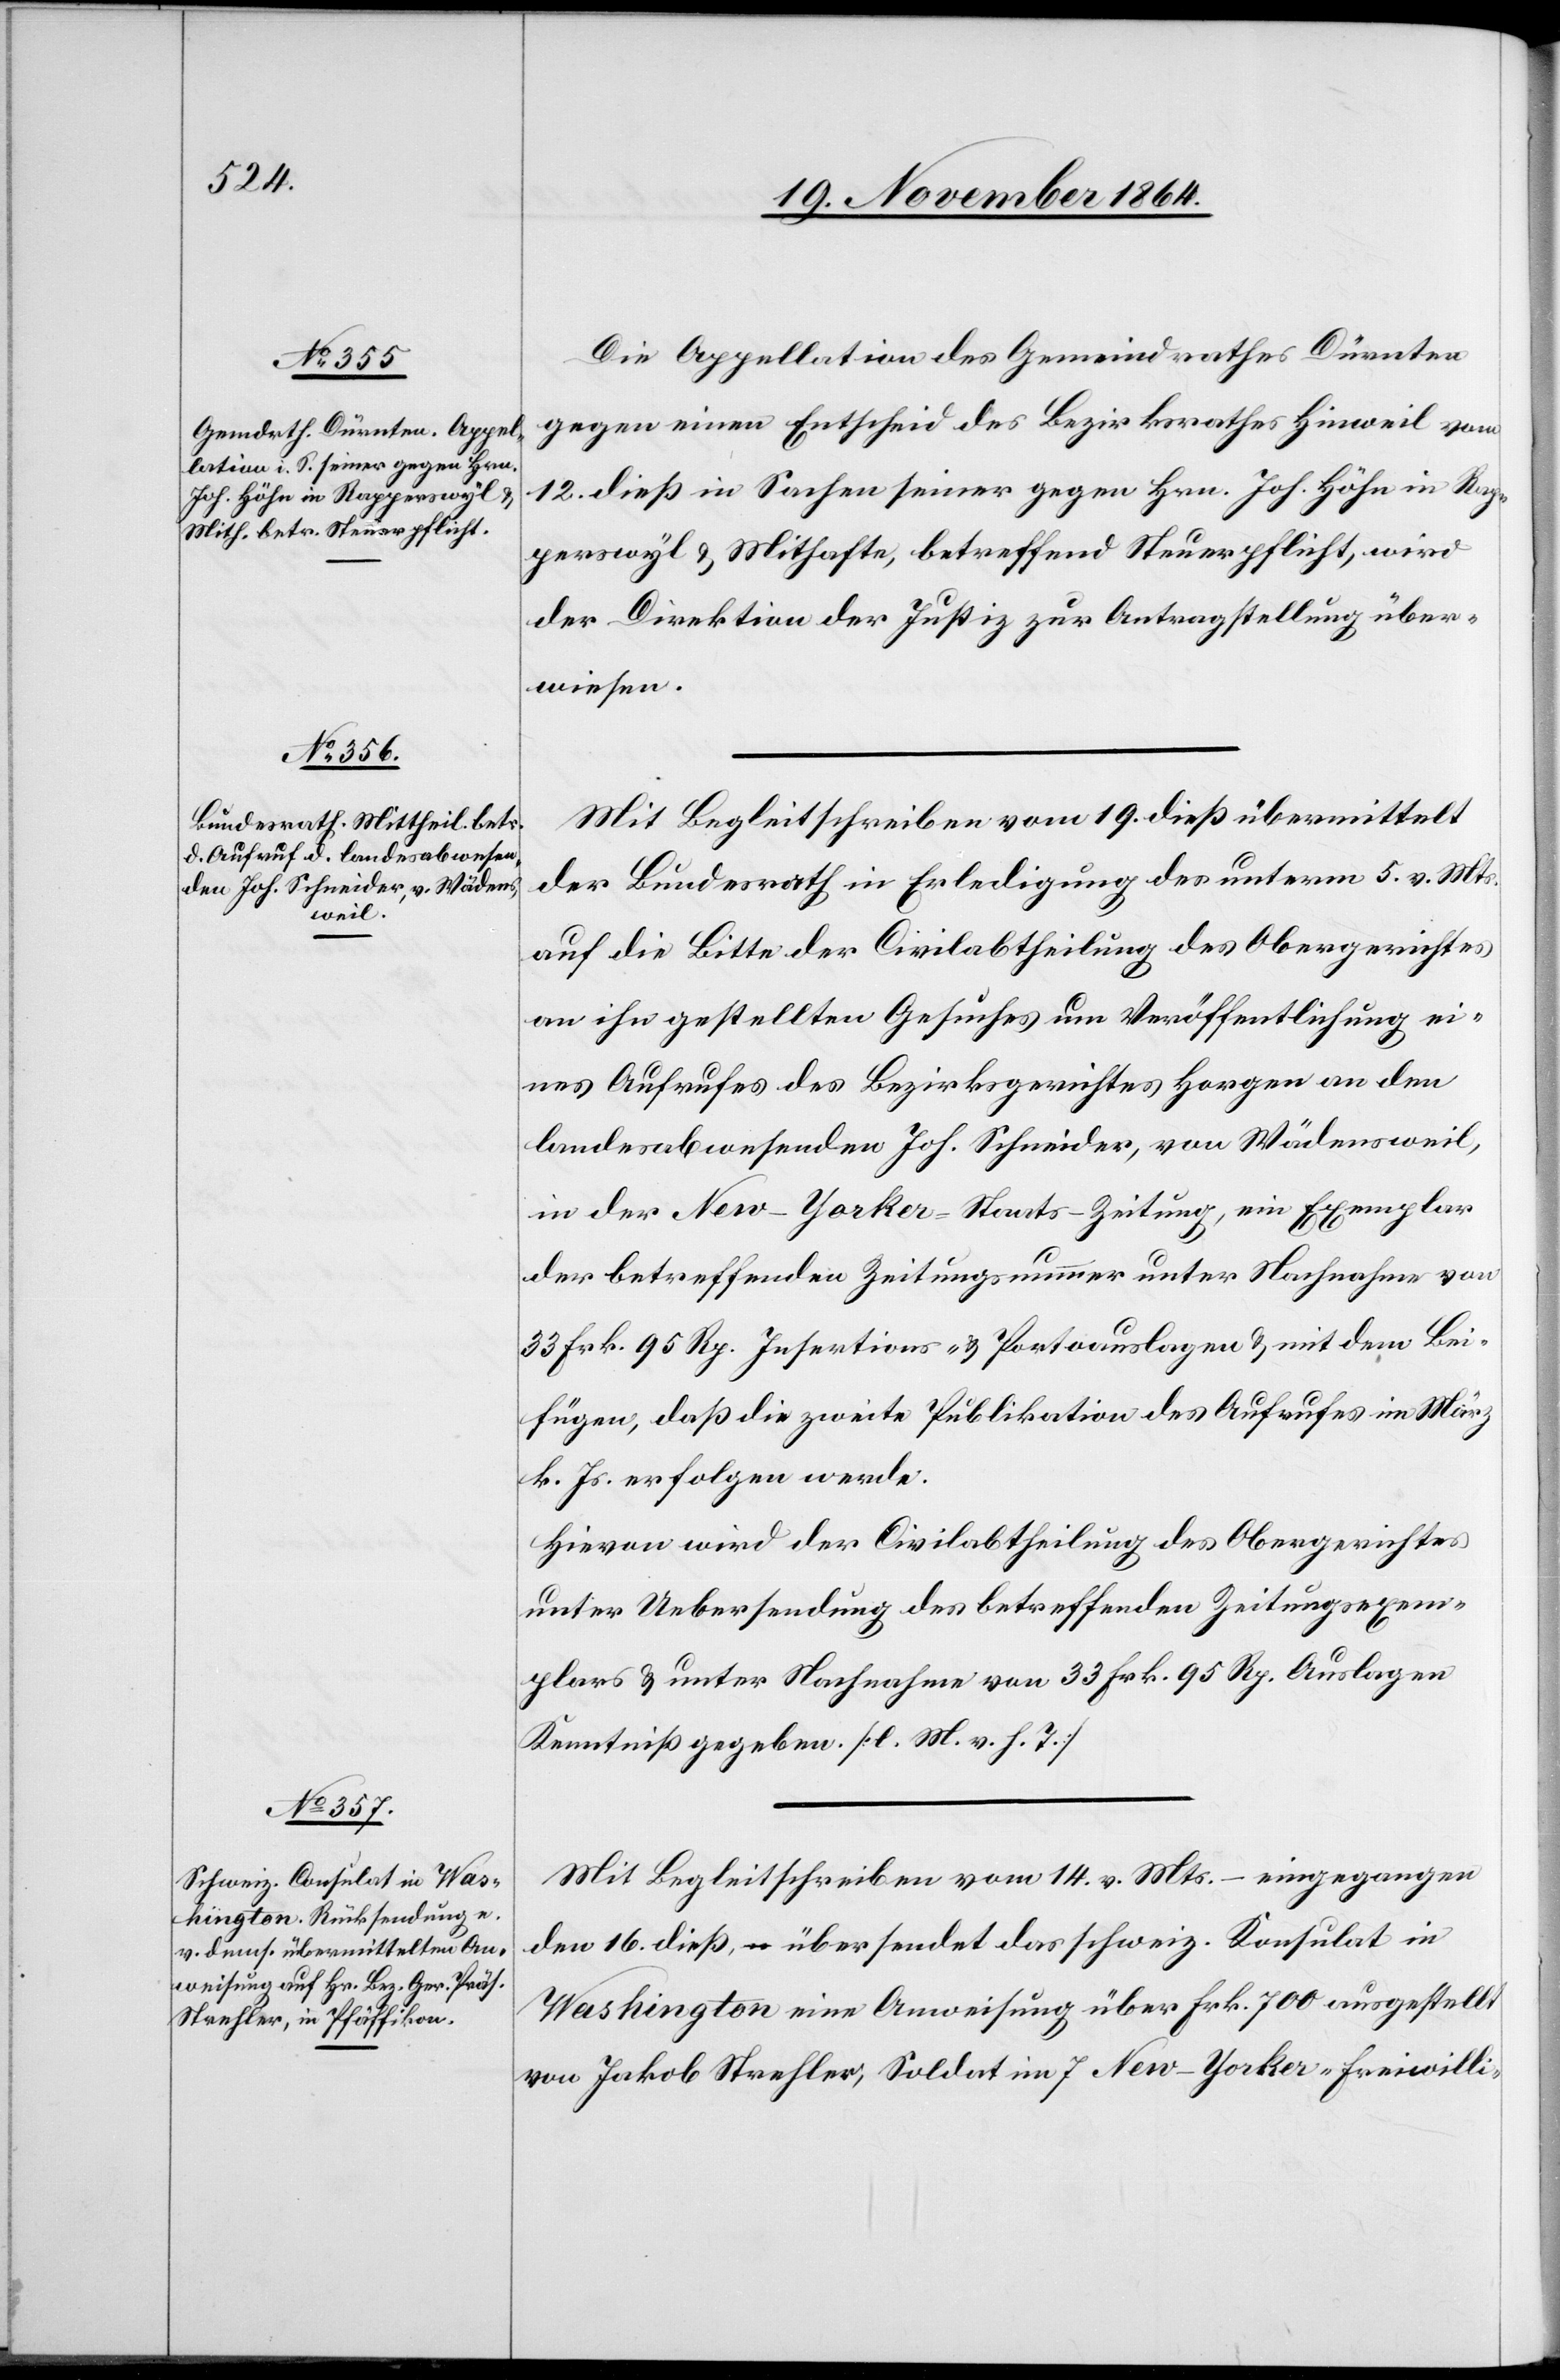
24. November 1864.]
Die Appellation des Gemeindrathes Dürnten
gegen einen Entscheid des Bezirksrathes Hinweil vom
12. dieß in Sachen seiner gegen Hrn. Joh. Höhn in Rap¬
perswyl & Mithafte, betreffend Steuerpflicht, wird
der Direktion der Justiz zur Antragstellung über¬
wiesen.
Mit Begleitschreiben vom 19. dieß übermittelt
der Bundesrath in Erledigung des unterm 5. v. Mts.
auf die Bitte der Civilabtheilung des Obergerichtes
an ihn gestellten Gesuches um Veröffentlichung ei¬
nes Aufrufes des Bezirksgerichtes Horgen an den
landesabwesenden Joh. Schneider, von Wädensweil,
in der New-Yorker-Staats-Zeitung, ein Exemplar
der betreffenden Zeitungsnummer unter Nachnahme von
33 Frk. 95 Rp. Insertions- & Portoauslagen & mit dem Bei¬
fügen, daß die zweite Publikation des Aufrufes im März
k. Js. erfolgen werde.
Hievon wird der Civilabtheilung des Obergerichtes
unter Uebersendung des betreffenden Zeitungsexem¬
plars & unter Nachnahme von 33 Frk. 95 Rp. Auslagen
Kenntniß gegeben. [l. M. v. h. T.]
Mit Begleitschreiben vom 14. v. Mts. – eingegangen
den 16. dieß, – übersendet das schweiz. Konsulat in
Washington eine Anweisung über Frk. 700 ausgestellt
von Jakob Strehler, Soldat im 7 New-Yorker-Freiwilli-